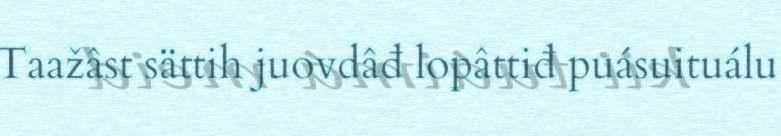
Taažâst sättih juovdâđ lopâttiđ puásuituálu